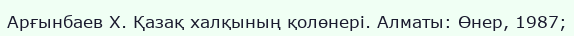
Арғынбаев Х. Қазақ халқының қолөнері. Алматы: Өнер, 1987;